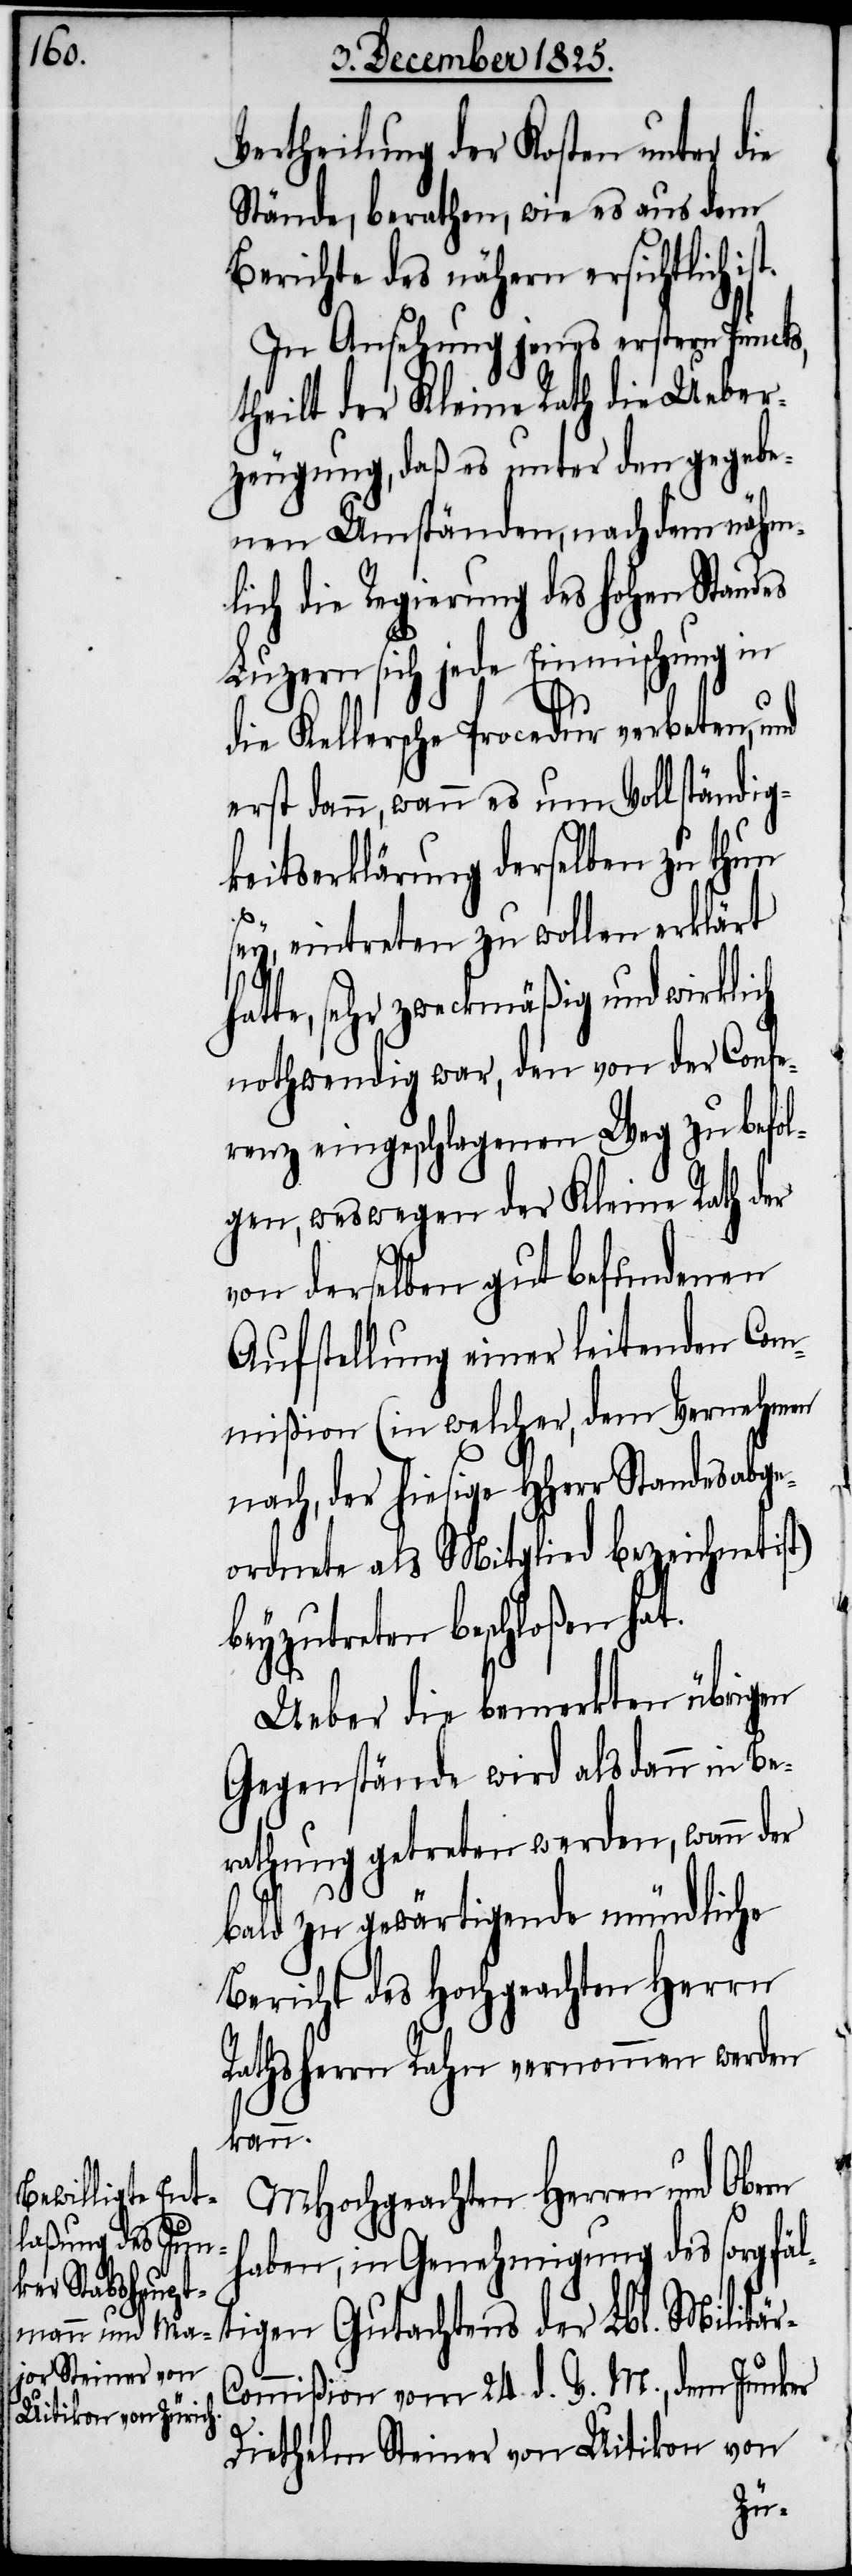
Vertheilung der Kosten unter die
Stände, berathen, wie es aus dem
Berichte des nähern ersichtlich i¬
In Ansehung jenes erstern Puncts,
theilt der Kleine Rath die Ueber¬
zeugung, daß es unter den gegebe¬
nen Umständen, nachdem nähm¬
lich die Regierung des hohen Standes
Luzern sich jede Einmischung in
st.
die Kellersche Procedur verboten, und
erst dann, wann es um Vollständig¬
keitserklärung derselben zu thun
hat¬
ey, eintreten zu wollen erklärt
te, sehr zweckmäßig und wirklich
nothwendig war, den von der Confe¬
renz eingeschlagenen Weg zu befol¬
gen, weswegen der Kleine Rath der
von derselben gut befundenen
Aufstellung einer leitenden Com¬
mißion (in welcher, dem Vernehmern
nach, der hiesige HHerr Standesabge¬
ordnete als Mitglied bezeichnet ist)
beyzutreten beschloßen hat.
Ueber die bemerkten übrigen
Gegenstände wird als dann in Be¬
rathung getreten werden, wann der
bald zu gewärtigende mündliche
Bericht des Hochgeachten Herrn
Rathsherrn Rahn vernommen werden
kann.
MHochgeachten Herren und Obern
haben, in Genehmigung des sorgfäl¬
tigen Gutachtens der Lbl. Militär-C¬
ommißion vom 24. d. V. M., dem Junker
Diethelm Steiner von Uitikon von